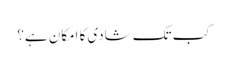
کب تک شادی کا امکان ہے؟